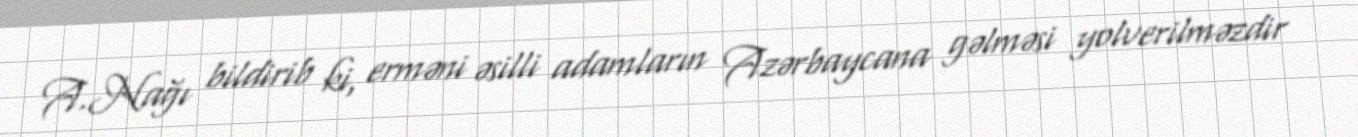
A.Nağı bildirib ki, erməni əsilli adamların Azərbaycana gəlməsi yolverilməzdir